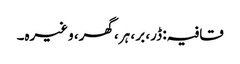
قافیہ: ڈر، بر ، ہر، گھر، وغیرہ۔